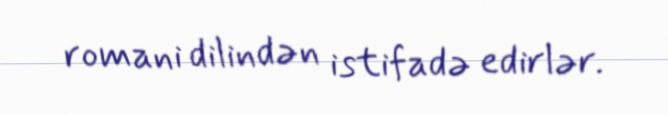
romani dilindən istifadə edirlər.